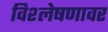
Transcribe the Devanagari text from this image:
विश्लेषणावर